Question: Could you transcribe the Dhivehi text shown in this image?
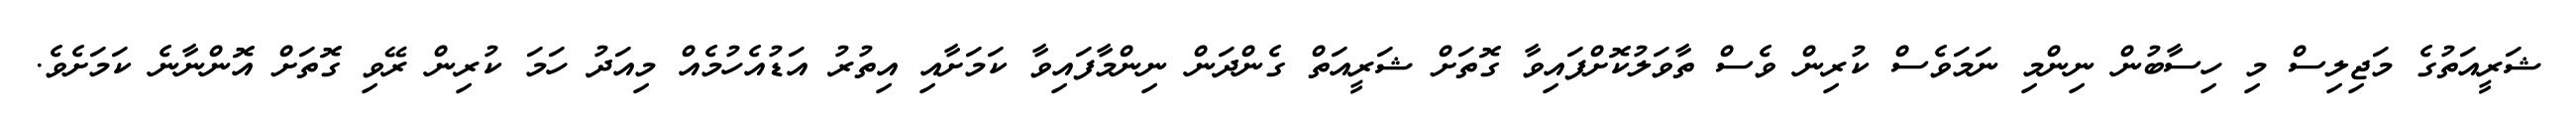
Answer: ޝަރީއަތުގެ މަޖިލިސް މި ހިސާބުން ނިންމި ނަމަވެސް ކުރިން ވެސް ތާވަލުކޮށްފައިވާ ގޮތަށް ޝަރީއަތް ގެންދަން ނިންމާފައިވާ ކަމަށާއި އިތުރު އަޑުއެހުމެއް މިއަދު ހަމަ ކުރިން ރޭވި ގޮތަށް އޮންނާނެ ކަމަށެވެ.